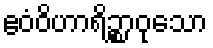
ဧဝံဝိဟာရိဉ္စာဝုသော